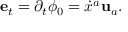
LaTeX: { \bf e } _ { t } = \partial _ { t } \phi _ { 0 } = \dot { x } ^ { a } { \bf u } _ { a } .